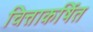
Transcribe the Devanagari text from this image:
चित्ताकर्षित